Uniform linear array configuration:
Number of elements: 8
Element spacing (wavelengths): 0.25
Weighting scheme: exponential
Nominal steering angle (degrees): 30
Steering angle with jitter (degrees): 29.814
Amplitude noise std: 0.05
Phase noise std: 0.05

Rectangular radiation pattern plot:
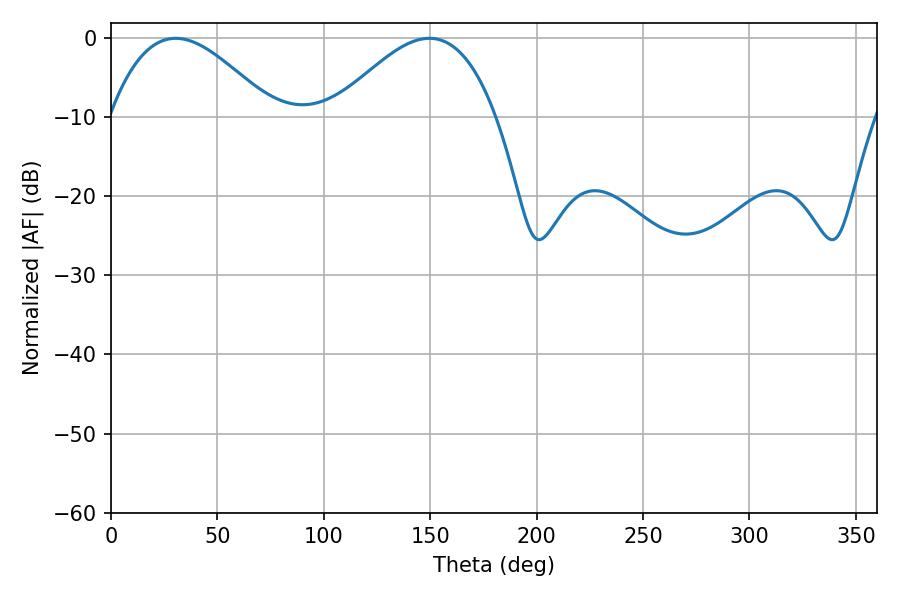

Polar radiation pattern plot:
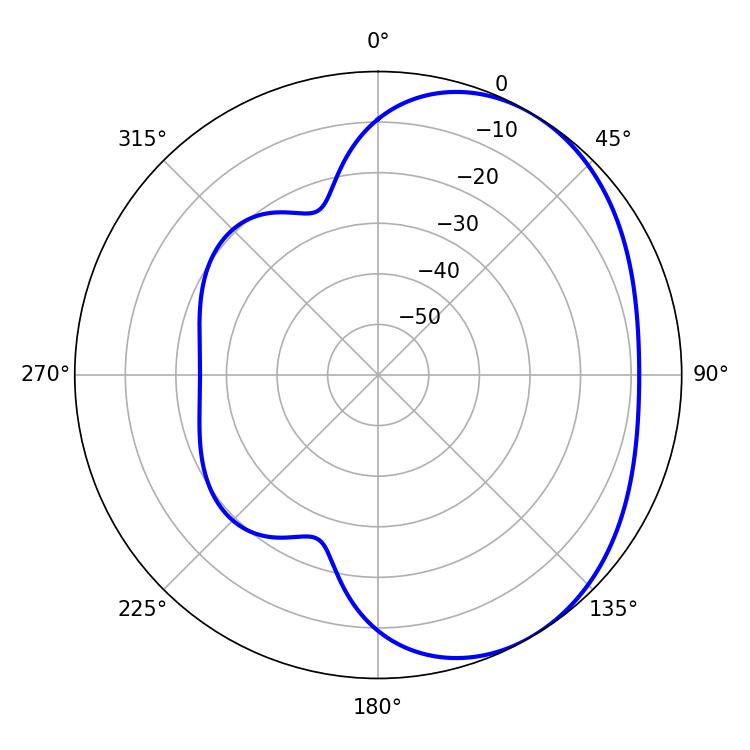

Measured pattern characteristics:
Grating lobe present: FALSE
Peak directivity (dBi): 3.452
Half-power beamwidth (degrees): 41.4
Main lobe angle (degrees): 30.42